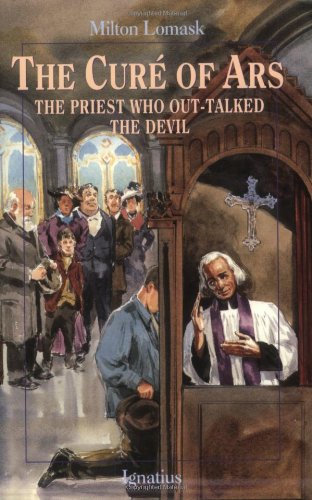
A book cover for The Cure of Ars: The Priest Who Out-Talked the Devil; Milton Lomask; Children's Books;